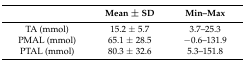
|  | Mean ± SD | Min–Max |
 | --- | --- | --- |
 | TA (mmol) | 15.2 ± 5.7 | 3.7–25.3 |
 | PMAL (mmol) | 65.1 ± 28.5 | −0.6–131.9 |
 | PTAL (mmol) | 80.3 ± 32.6 | 5.3–151.8 |